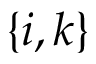
\{ i , k \}